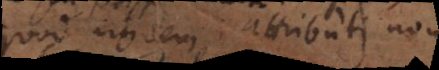
quod ejusdem attributi non